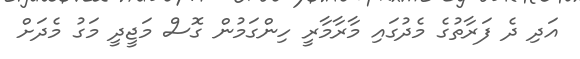
އަދި ދެ ފަރާތުގެ މެދުގައި މާރާމާރީ ހިންގަމުން ގޮސް މަޖީދީ މަގު މެދަށް